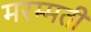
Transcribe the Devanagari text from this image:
मरम्‍मती